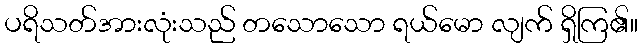
ပရိသတ်အားလုံးသည် တသောသော ရယ်မော လျက် ရှိကြ၏။